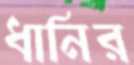
ধানির